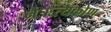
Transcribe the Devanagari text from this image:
नैऋत्यकोण